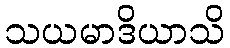
သယမာဒိယာသိ